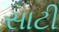
સાટી